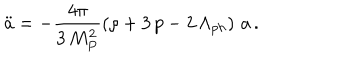
\ddot { a } = - \frac { 4 \pi } { 3 \, M _ { P } ^ { 2 } } \left( \rho + 3 \, p - 2 \, \Lambda _ { p h } \right) \, a \, .